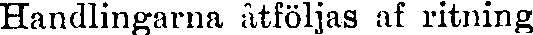
Handlingarna åtföljas af ritning.